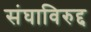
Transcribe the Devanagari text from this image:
संघाविरुद्द